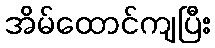
အိမ်ထောင်ကျပြီး